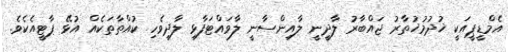
އެމްޑީޕީއަކީ ޚުދުމުޚުތާރު ޖައްބާރު ލާދީނީ ލާއިންސާނީ ލާވައްޓަފާޅި ލާދިވެހި ކުއްތާތަކެއް އުޅޭ ޕާޓީއެކެވެ.